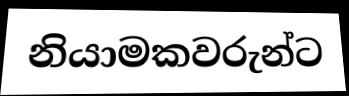
නියාමකවරුන්ට